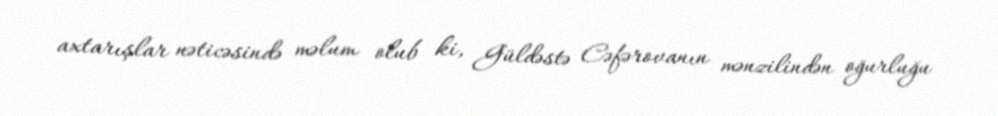
axtarışlar nəticəsində məlum olub ki, Güldəstə Cəfərovanın mənzilindən oğurluğu